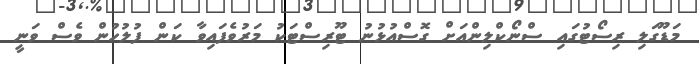
މަޑޫގަލި ރިސޯޓުގައި ސްނޯކްލިންއަށް ގޮސްއުޅުނު ޓޫރިސްޓަކު މަރުވެފައިވާ ކަން ފުލުހުން ވެސް ވަނީ